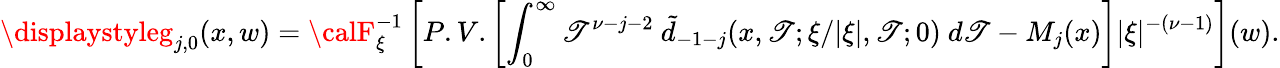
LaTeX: \displaystyleg_{j,0}(x,w)={\calF}_{\xi}^{-1}\left[P.V.\left[\int_{0}^{\infty}\mathscr{T}^{\nu-j-2}\ \tilde{{d}}_{-1-j}(x,\mathscr{T};\xi/\vert\xi\vert,\mathscr{T};0)\ d\mathscr{T}-M_{j}(x)\right]\vert\xi\vert^{-(\nu-1)}\right](w).